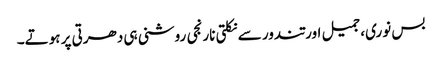
بس نوری، جمیل اور تندور سے نکلتی نارنجی روشنی ہی دھرتی پر ہوتے۔